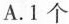
A.1个